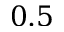
0 . 5